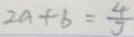
2 a + b = \frac { 4 } { 3 }